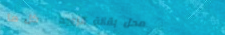
محل بقالة الزويد   كل ما